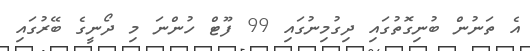
އެ ތަނުން ބުނިގޮތުގައި ދިގުމިނުގައި 99 ފޫޓް ހުންނަ މި ދޯނީގެ ބޭރުގައި